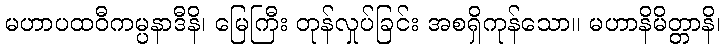
မဟာပထဝီကမ္ပနာဒီနိ၊ မြေကြီး တုန်လှုပ်ခြင်း အစရှိကုန်သော။ မဟာနိမိတ္တာနိ၊